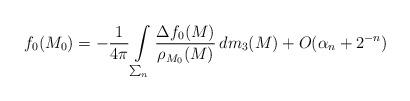
LaTeX: \begin{align*}f_0(M_0)=-\frac{1}{4\pi} \int\limits_{\sum_{n}} \frac{\Delta f_0(M)}{\rho_{M_0}(M)} \, dm_3(M) + O(\alpha_{n} + 2^{-n})\end{align*}